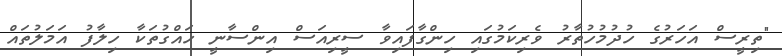
"ތިރީސް އަހަރުގެ ހުދުމުހުތާރު ވެރިކަމުގައި ހިންގާފައިވާ ސީރިއަސް އިންސާނީ ހައްގުތަކާ ހިލާފު އަމަލުތައް